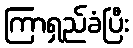
ကြာရှည်ခံပြီး